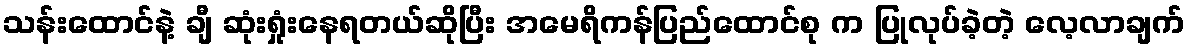
သန်းထောင်နဲ့ ချီ ဆုံးရှုံးနေရတယ်ဆိုပြီး အမေရိကန်ပြည်ထောင်စု က ပြုလုပ်ခဲ့တဲ့ လေ့လာချက်